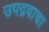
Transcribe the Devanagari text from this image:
उपद्रवाचा